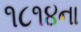
૧૮૧૪ના